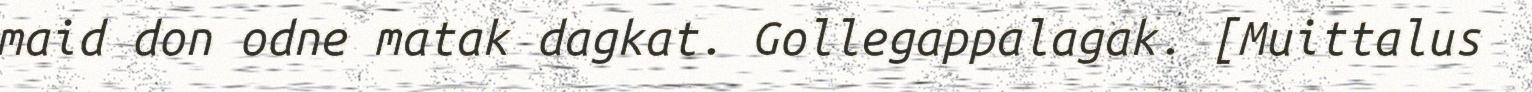
maid don odne matak dagkat. Gollegappalagak. [Muittalus